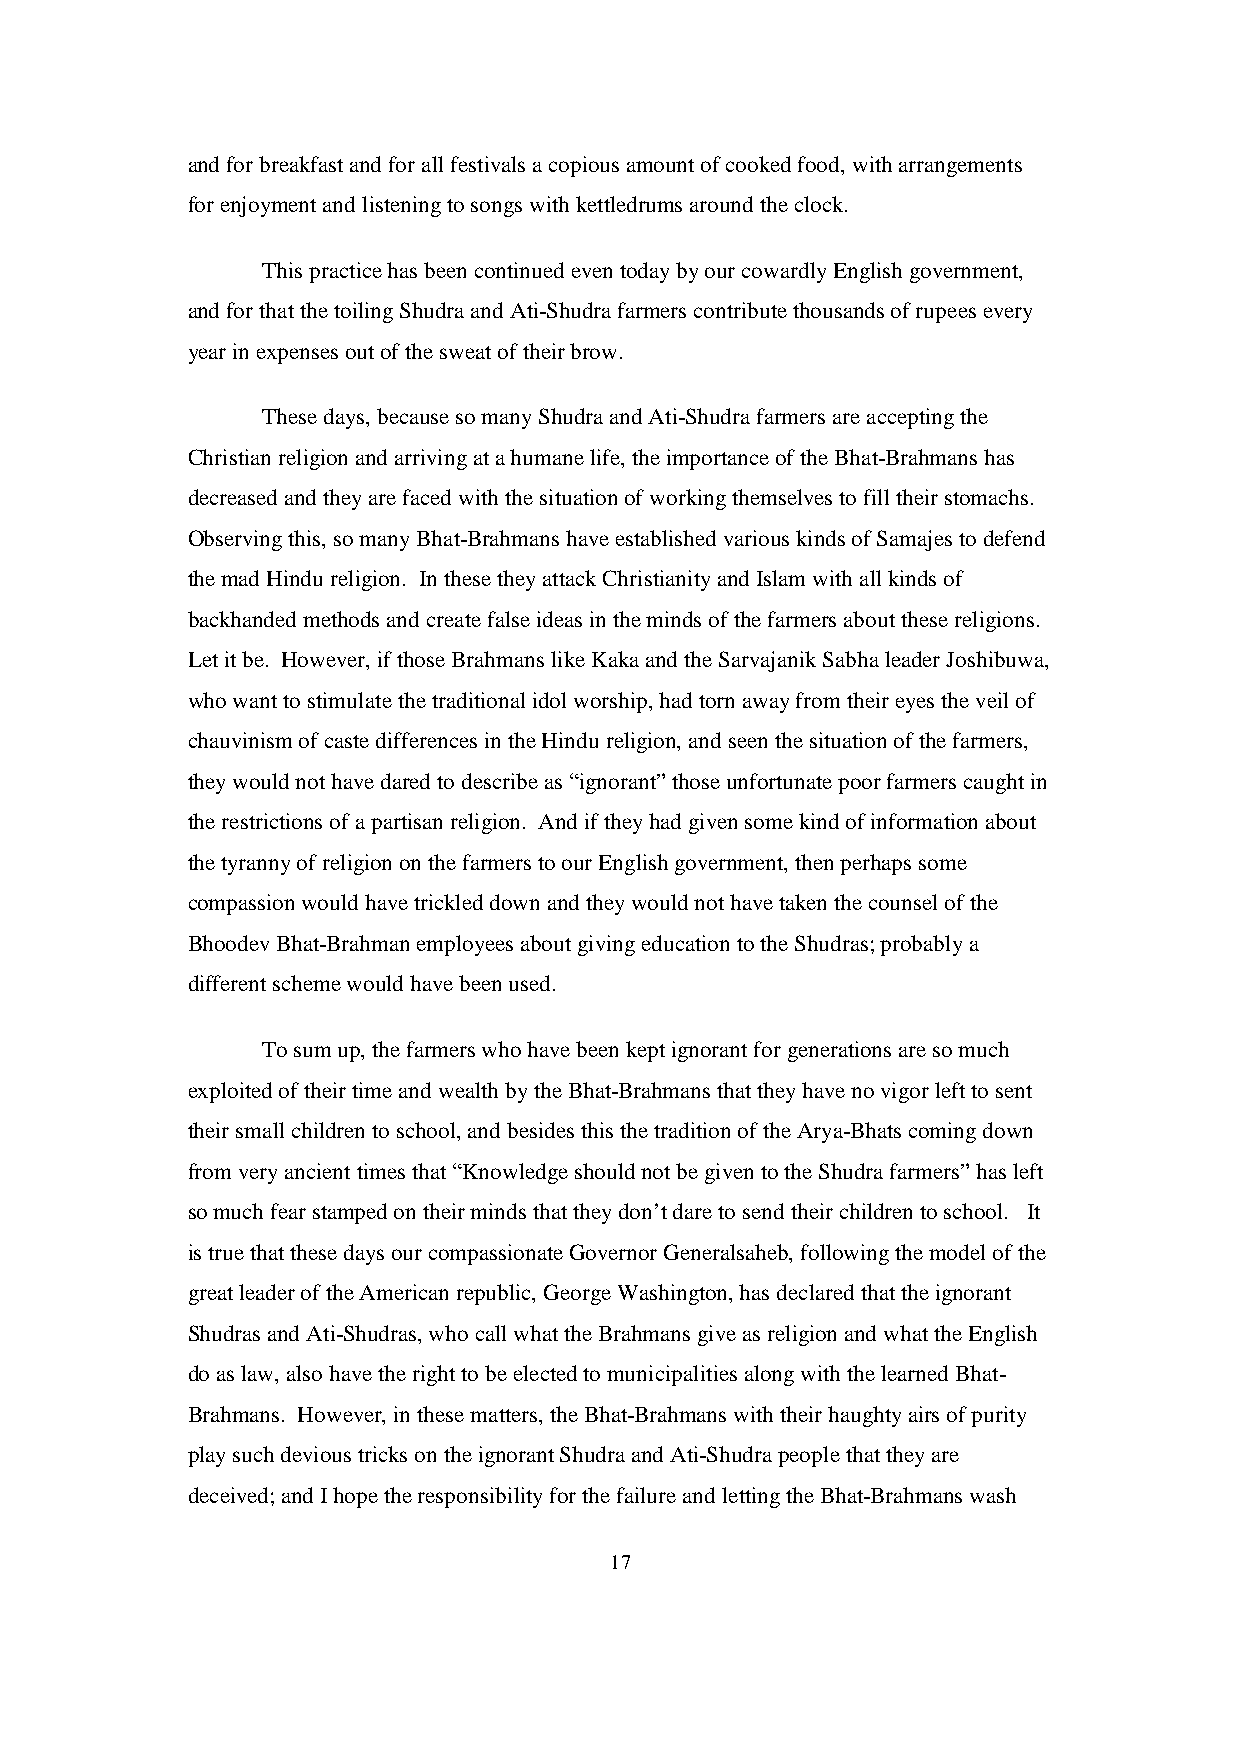
and for breakfast and for all festivals a copious amount of cooked food, with arrangements
 for enjoyment and listening to songs with kettledrums around the clock.
 This practice has been continued even today by our cowardly English government,
 and for that the toiling Shudra and Ati-Shudra farmers contribute thousands of rupees every
 year in expenses out of the sweat of their brow.
 These days, because so many Shudra and Ati-Shudra farmers are accepting the
 Christian religion and arriving at a humane life, the importance of the Bhat-Brahmans has
 decreased and they are faced with the situation of working themselves to fill their stomachs.
 Observing this, so many Bhat-Brahmans have established various kinds of Samajes to defend
 the mad Hindu religion. In these they attack Christianity and Islam with all kinds of
 backhanded methods and create false ideas in the minds of the farmers about these religions.
 Let it be. However, if those Brahmans like Kaka and the Sarvajanik Sabha leader Joshibuwa,
 who want to stimulate the traditional idol worship, had torn away from their eyes the veil of
 chauvinism of caste differences in the Hindu religion, and seen the situation of the farmers,
 they would not have dared to describe as “ignorant” those unfortunate poor farmers caught in
 the restrictions of a partisan religion. And if they had given some kind of information about
 the tyranny of religion on the farmers to our English government, then perhaps some
 compassion would have trickled down and they would not have taken the counsel of the
 Bhoodev Bhat-Brahman employees about giving education to the Shudras; probably a
 different scheme would have been used.
 To sum up, the farmers who have been kept ignorant for generations are so much
 exploited of their time and wealth by the Bhat-Brahmans that they have no vigor left to sent
 their small children to school, and besides this the tradition of the Arya-Bhats coming down
 from very ancient times that “Knowledge should not be given to the Shudra farmers” has left
 so much fear stamped on their minds that they don’t dare to send their children to school. It
 is true that these days our compassionate Governor Generalsaheb, following the model of the
 great leader of the American republic, George Washington, has declared that the ignorant
 Shudras and Ati-Shudras, who call what the Brahmans give as religion and what the English
 do as law, also have the right to be elected to municipalities along with the learned Bhat-
 Brahmans. However, in these matters, the Bhat-Brahmans with their haughty airs of purity
 play such devious tricks on the ignorant Shudra and Ati-Shudra people that they are
 deceived; and I hope the responsibility for the failure and letting the Bhat-Brahmans wash
 17